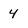
Character: 4